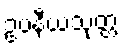
ဥပနီယသုတ္တံ